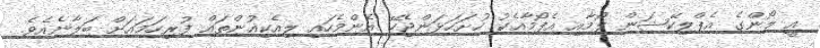
އީ ލޯންގެ އެޕްލިކޭޝަން ފޯމާއި އެފޯމާއެކު ހުށަހަޅަންޖެހޭ އެންމެހައި ލިއެކިއުންތައް ފުރިހަމައަށް ބަލާނެއެވެ.